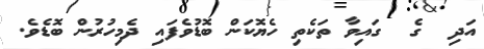
އަދި  ގެ  ގައިވާ ތަކެތި ހެޔޮކަން ބޮޑުވެފައި ދެމިހުރުން ބޮޑެވެ.